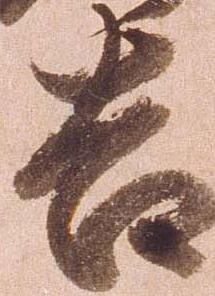
吉